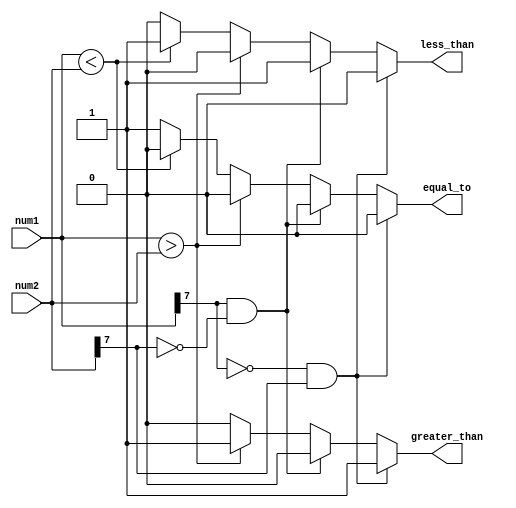
module signed_magnitude_comparator (
    input signed [7:0] num1,
    input signed [7:0] num2,
    output reg less_than,
    output reg greater_than,
    output reg equal_to
);

reg sign1, sign2;

assign sign1 = num1[7];
assign sign2 = num2[7];

always @(*) begin
    if (sign1 == 0 && sign2 == 1) begin
        less_than = 0;
        greater_than = 1;
        equal_to = 0;
    end else if (sign1 == 1 && sign2 == 0) begin
        less_than = 1;
        greater_than = 0;
        equal_to = 0;
    end else begin
        if (num1 > num2) begin
            less_than = 0;
            greater_than = 1;
            equal_to = 0;
        end else if (num1 < num2) begin
            less_than = 1;
            greater_than = 0;
            equal_to = 0;
        end else begin
            less_than = 0;
            greater_than = 0;
            equal_to = 1;
        end
    end
end
endmodule